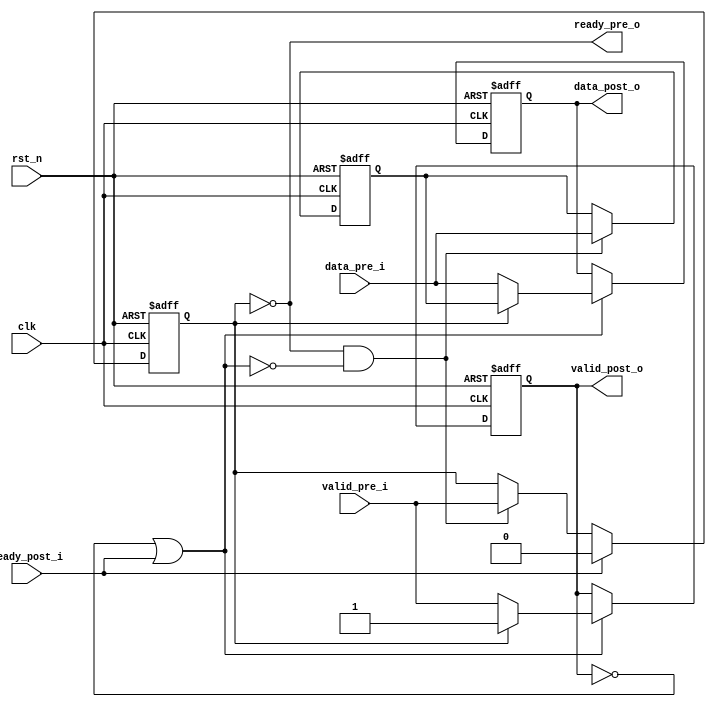
// module Handshake_Type4(
//     input           clk,
//     input           rst_n,

//     input           valid_pre_i,    //from pre-stage
//     input   [7:0]   data_pre_i,     //from pre-stage
//     output          ready_pre_o,    //to pre-stage

//     output          valid_post_o,   //to post-stage
//     output  [7:0]   data_post_o,    //to post-stage
//     input           ready_post_i    //from post-stage
// );

//     reg             valid_pre_i_r;
//     reg     [7:0]   data_r;

//     reg             valid_buf; 
//     reg     [7:0]   data_buf;  //not ready
    

//     always @(posedge clk or negedge rst_n) begin
//         if(!rst_n) begin
//             valid_pre_i_r <= 1'b0;
//             data_r        <= 'b0;
//         end else if(ready_pre_o) begin
//             valid_pre_i_r <= valid_pre_i;       
//             data_r        <= data_pre_i;
//         end
//     end

//     assign ready_miss = !valid_buf && !ready_post_i;
//     // assign ready_miss = ready_pre_o && !ready_post_i;
//     always @(posedge clk or negedge rst_n) begin
//         if(!rst_n) begin
//             valid_buf <= 1'b0;
//             data_buf <= 'b0;
//         end else if(ready_post_i) begin // ready_missslave not readyreadybuffer
//             valid_buf <= 1'b0;
//         end else if(ready_miss) begin
//             valid_buf <= valid_pre_i_r;
//             data_buf <= data_r;
//         end
//     end


//     assign ready_pre_o  = !valid_buf | !valid_pre_i_r; // 2
//     // assign valid_post_o = valid_pre_i_r | valid_buf;
//     assign valid_post_o = valid_buf ? valid_buf: valid_pre_i_r; // bufdeq
//     assign data_post_o  = valid_buf ? data_buf : data_r;
//     // 
// endmodule

module Handshake_Type4(
    input           clk,
    input           rst_n,

    input           valid_pre_i,    //from pre-stage
    input   [7:0]   data_pre_i,     //from pre-stage
    output          ready_pre_o,    //to pre-stage

    output          valid_post_o,   //to post-stage
    output  [7:0]   data_post_o,    //to post-stage
    input           ready_post_i    //from post-stage
);

    reg             valid_buf; 
    reg     [7:0]   data_buf;  //not ready
    
    wire            ready_s;
    reg             valid_s_r;
    reg     [7:0]   data_s_r;

    always @(posedge clk or negedge rst_n) begin
        if(!rst_n) begin
            valid_buf <= 1'b0;
        end else if(ready_post_i) begin //ready,buf
            valid_buf <= 1'b0;
        end else if(ready_pre_o && !ready_s) begin
            valid_buf <= valid_pre_i;            
        end 
    end

    always @(posedge clk or negedge rst_n) begin
        if(!rst_n) begin
            data_buf  <= 'b0;
        end else if(ready_pre_o && !ready_s) begin
            data_buf  <= data_pre_i;                
        end 
    end

    always @(posedge clk or negedge rst_n) begin
        if(!rst_n) begin
            valid_s_r <= 1'b0;
            data_s_r  <= 'b0;
        end else if(ready_s) begin
            valid_s_r <= valid_buf ? valid_buf: valid_pre_i;       
            data_s_r  <= valid_buf ? data_buf : data_pre_i;
        end
    end

    assign ready_s =!valid_s_r | ready_post_i; //valid

    // 
    assign valid_post_o = valid_s_r;
    assign data_post_o  = data_s_r;
    assign ready_pre_o  = !valid_buf;

endmodule

// module Handshake_Type4(
//     input           clk,
//     input           rst_n,

//     input           valid_pre_i,    //from pre-stage
//     input   [7:0]   data_pre_i,     //from pre-stage
//     output          ready_pre_o,    //to pre-stage

//     output          valid_post_o,   //to post-stage
//     output  [7:0]   data_post_o,    //to post-stage
//     input           ready_post_i    //from post-stage
// );



//     wire        valid_s;
//     wire [7:0]  data_s;
//     wire        ready_s;

//     Handshake_Type2 u_bridge1(
//         .clk(clk),
//         .rst_n(rst_n),
        
//         .ready_pre_o(ready_pre_o),
//         .valid_pre_i(valid_pre_i),
//         .data_pre_i(data_pre_i),

//         .valid_post_o(valid_s),    //to post-stage
//         .data_post_o(data_s),  	//to post-stage
//         .ready_post_i(ready_s)     //from post-stage
//     );

//     Handshake_Type3 u_bridge2(
//         .clk(clk),
//         .rst_n(rst_n),
        
//         .ready_pre_o(ready_s),
//         .valid_pre_i(valid_s),
//         .data_pre_i(data_s),

//         .valid_post_o(valid_post_o),    //to post-stage
//         .data_post_o(data_post_o),  	//to post-stage
//         .ready_post_i(ready_post_i)     //from post-stage
//     );

// endmodule